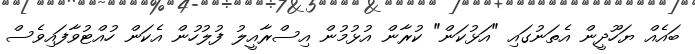
ބައެއް ޔަހޫދީން އެތަނުގައި "އަޅުކަން" ކުރާން އުޅުމުން އިސްރާއީލު ފުލުހުން އެކަން ހުއްޓުވާފައިވެސް